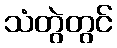
သံတွဲတွင်